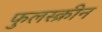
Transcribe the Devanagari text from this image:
फुलस्क्रीन